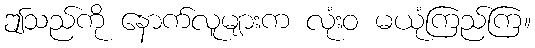
ဤသည်ကို နောက်လူများက လုံးဝ မယုံကြည်ကြ။